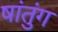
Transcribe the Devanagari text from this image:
षांतुंग